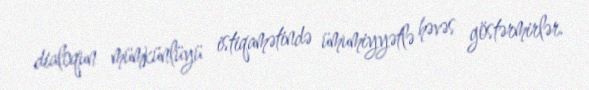
dialoqun mümkünlüyü istiqamətində ümumiyyətlə həvəs göstərmirlər.